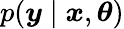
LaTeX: p(\boldsymbol{y}\mid\boldsymbol{x},\boldsymbol{\theta})